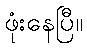
ဖုံးနေပြီ။